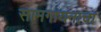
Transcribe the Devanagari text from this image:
सामगायनाचा